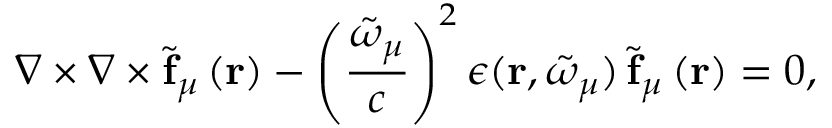
\boldsymbol { \nabla } \times \boldsymbol { \nabla } \times \tilde { \mathbf { f } } _ { { \mu } } \left( \mathbf { r } \right) - \left( \frac { \tilde { \omega } _ { { \mu } } } { c } \right) ^ { 2 } \epsilon ( \mathbf { r } , \tilde { \omega } _ { \mu } ) \, \tilde { \mathbf { f } } _ { { \mu } } \left( \mathbf { r } \right) = 0 ,